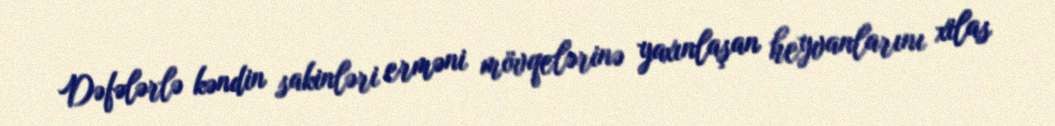
Dəfələrlə kəndin sakinləri erməni mövqelərinə yaxınlaşan heyvanlarını xilas